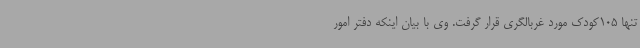
تنها 105کودک مورد غربالگری قرار گرفت. وی با بیان اینکه دفتر امور